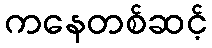
ကနေတစ်ဆင့်